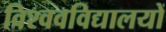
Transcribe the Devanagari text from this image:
विश्ववविद्यालयों